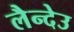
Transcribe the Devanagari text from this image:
लैन्देउ